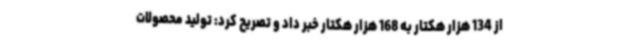
از 134 هزار هکتار به 168 هزار هکتار خبر داد و تصریح کرد: تولید محصولات